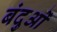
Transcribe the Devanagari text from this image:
बंदुओं